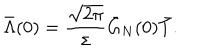
\bar { \Lambda } ( 0 ) = \frac { \sqrt { 2 \pi } } { \sigma } \bar { G } _ { N } ( 0 ) \bar { T } .